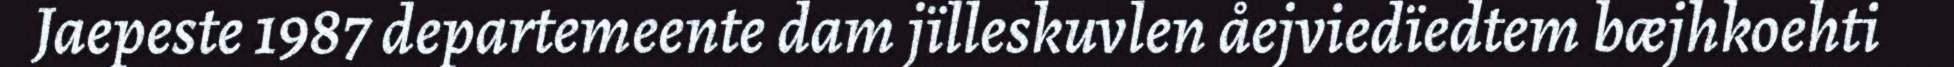
Jaepeste 1987 departemeente dam jïlleskuvlen åejviedïedtem bæjhkoehti